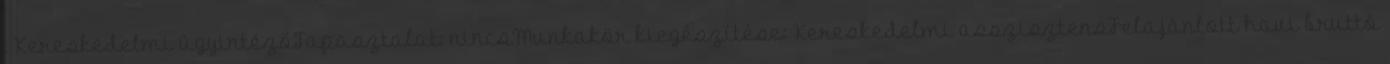
: Kereskedelmi ügyintézőTapasztalat: nincsMunkakör kiegészítése: Kereskedelmi asszisztensFelajánlott havi bruttó